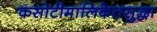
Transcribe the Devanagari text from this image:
कसोटीमालिकेतसुद्धा